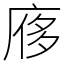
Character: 㢋